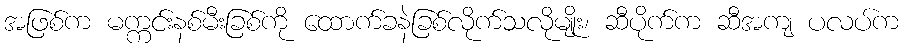
အဖြစ်က မက္ကင်းနစ်မီးခြစ်ကို ထောက်ခနဲခြစ်လိုက်သလိုမျိုး၊ ဆီပိုက်က ဆီအကျ ပလပ်က